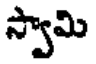
స్వామి